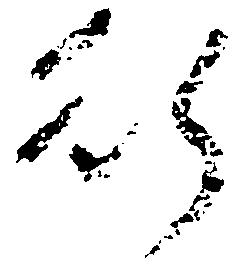
行